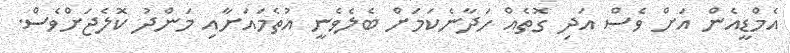
އެމްޑީއެން އަށް ވެސް އަދި ގޮތެއް ހަދާނެކަމަށް ބެލެވެނީ އުތެމައަށާއި މަންދު ކޮލެޖަށްވެސް.